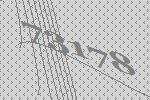
73178